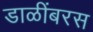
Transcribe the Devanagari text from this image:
डाळींबरस